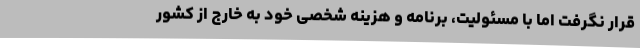
قرار نگرفت اما با مسئولیت، برنامه و هزینه شخصی خود به خارج از کشور